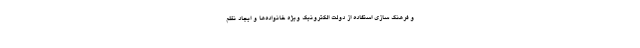
و فرهنگ سازی استفاده از دولت الکترونیک ویژه خانواده‌ها و ایجاد نظم